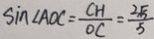
\sin \angle A O C = \frac { C H } { O C } = \frac { 2 \sqrt { 5 } } { 5 }